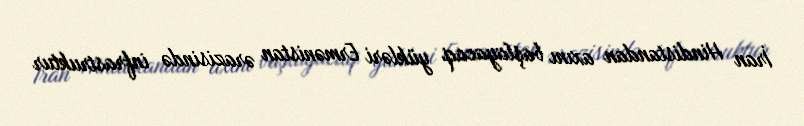
İran Hindistandan axını başlayacaq yükləri Ermənistan ərazisində infrastruktur